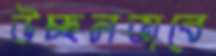
উচ্ছলভাবে